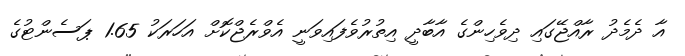
އާ ދެމެދު ރާއްޖޭގައި ދިވެހިންގެ އާބާދީ އިތުރުވެފައިވަނީ އެވްރެޖްކޮށް އަހަރަކު 1.65 ޕަސެންޓުގެ